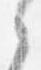
之